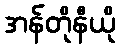
အန်တိုနီယို